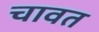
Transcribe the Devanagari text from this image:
चावत